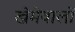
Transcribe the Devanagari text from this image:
खेमेवालों